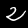
Digit: 2